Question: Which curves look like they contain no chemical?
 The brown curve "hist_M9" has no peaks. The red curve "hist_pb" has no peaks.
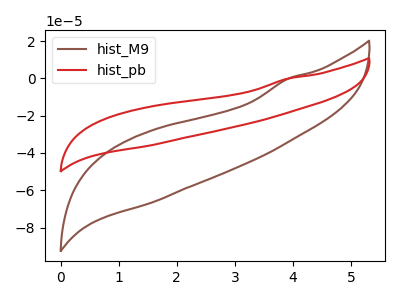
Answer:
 <answer>"hist_M9" and "hist_pb" are likely to be blanks.</answer>
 <eval>"hist_M9", "hist_pb"</eval>